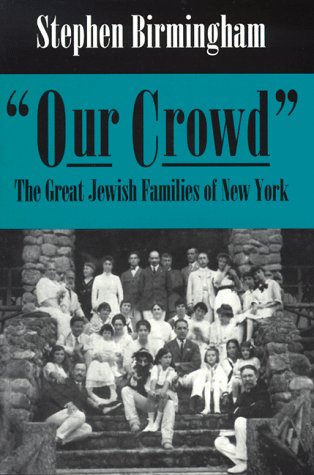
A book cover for Our Crowd: The Great Jewish Families of New York (Modern Jewish History); Stephen Birmingham; Biographies & Memoirs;